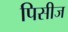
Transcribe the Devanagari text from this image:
पिसीज